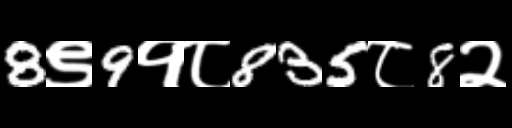
Text: 8९9१८835८8२